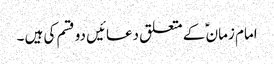
امام زمان ؑ کے متعلق دعائیں دو قسم کی ہیں ۔